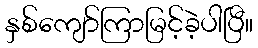
နှစ်ကျော်ကြာမြင့်ခဲ့ပါပြီ။